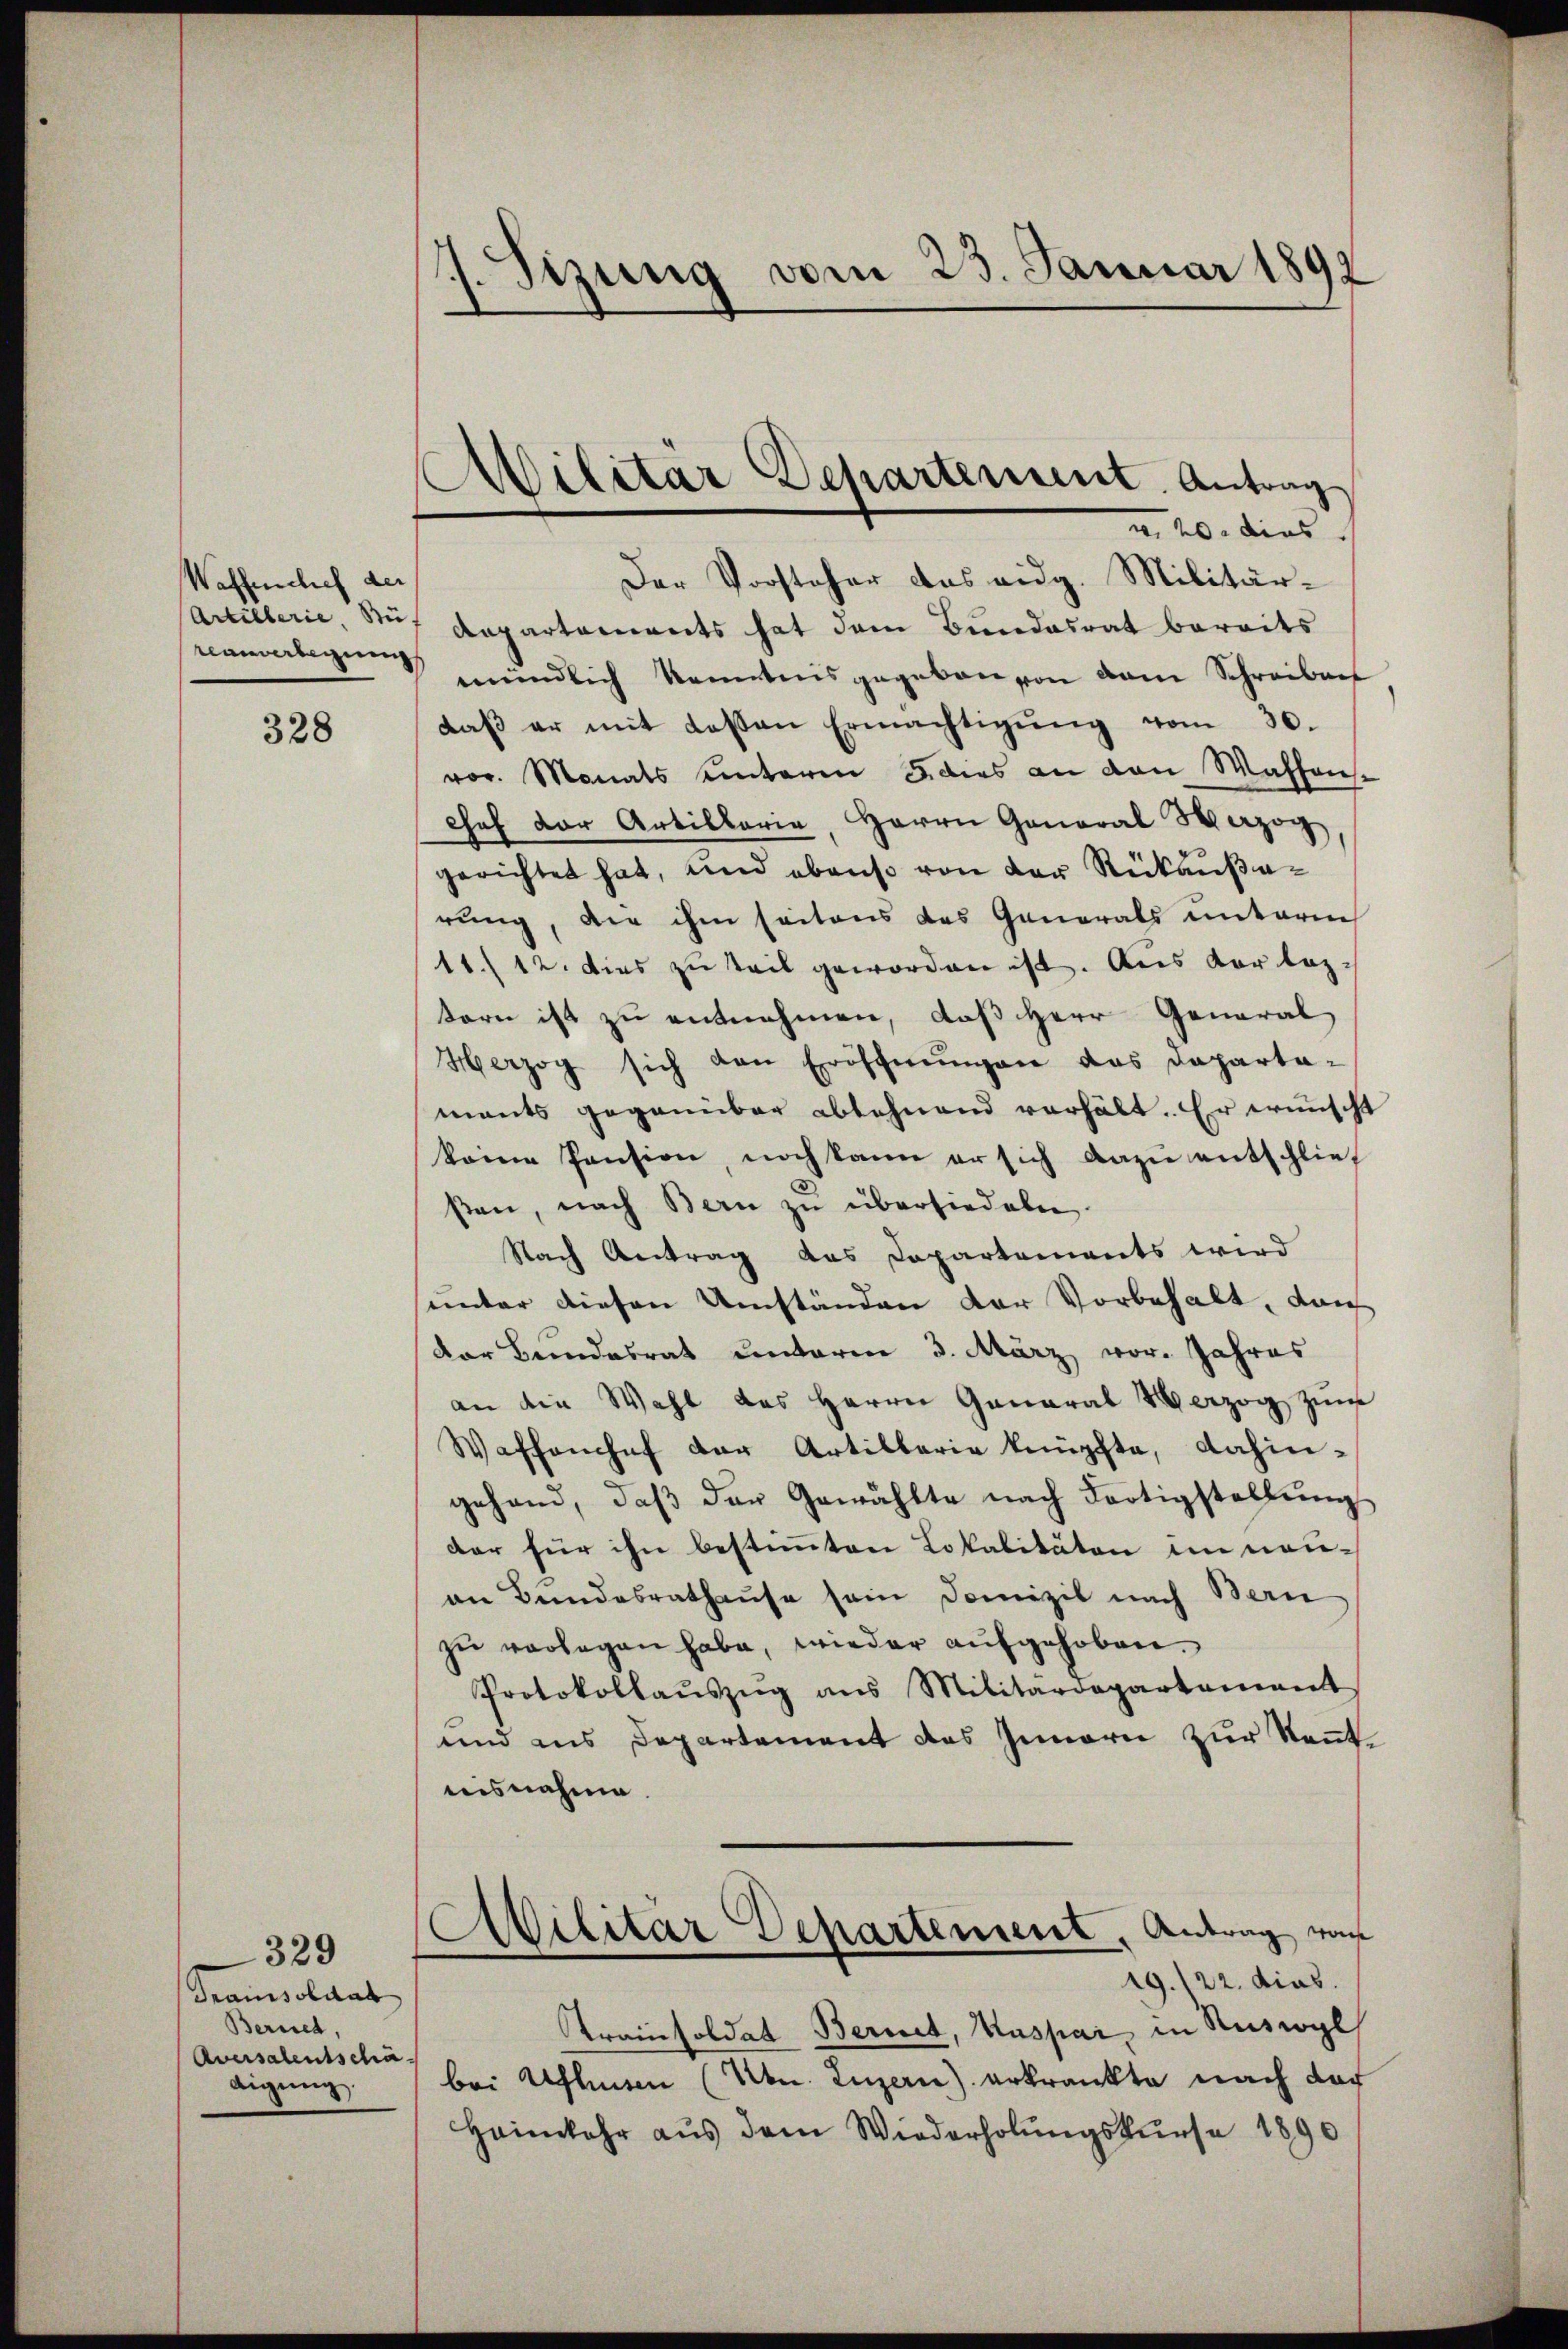
Waffenchef der
Lanverlegung

328

Tramisoldat
Bernet,
Aversalentschädigŭng.

329

. Sitzung vom 23. Januar 1892

Der Vorsteher das eidg. Militär-
Cartillerie, auf Departements hat dem Bundesrat bereits
mündlich kanntnisgegeben von dem Schreiben
daβ er mit dessen Ermächtigŭng vom 30.
vor. Monats hinterm 5. dies an den Wahlens-
Chef der Artillarie, Herrn General Herzog
gerichtet hat, und ebenso von der Rückausarung, die ihm seitens des Generals unterm
11./12. dies zu teil geworden ist. Aus Vorlegtern ist zu entnehmen, daß Herr General
Herzog sich von Eröffnungen das Dapartaments gegenüber ablehnend verhält. Er wünscht
keine Pension, noch kann er sich dazu entschlief
ßen, nach Bern zu übersiedeln
Nach Antrag das Departements wird
unter diesen Umständen der Vorbehalt, durch
der Bundesrat unterm 3. März vor. Jahres
an die Wahl des Herrn General Verzog zŭm
Waffenchef der Artillerie knüpfte, dahingehend, daβ der Gewählte nach Fortigstellŭng
der für ihn bestimmten Lokalitäten im neuan Bundesrathause sein Domizil nach Bern
zŭ verlegen habe, wieder aufgehoben.
Protokollaŭszŭg ans Militärdepartamant
und aus Departement des Innern zur Kennt
nisnahme.
Avilitär Departement, Antrag von
19./22. dies
Trainsoldat Bernet, Kaspar, in Ruswyl
bei Ufhusen (Mon. Luzern) erkrankte nach doch
Heimkehr aus dem Wiederholungskurse 1890

Militär Departement. Antrag
u. 20. dies